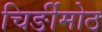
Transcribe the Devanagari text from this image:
चिर्ङीमोठ